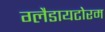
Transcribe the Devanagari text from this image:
ग्लैडायटोरम